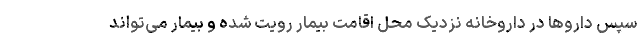
سپس داروها در داروخانه نزدیک محل اقامت بیمار رویت شده و بیمار می‌تواند